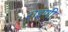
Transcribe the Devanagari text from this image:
राइणी